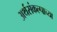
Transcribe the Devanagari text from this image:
अर्थसंकल्पाच्या